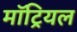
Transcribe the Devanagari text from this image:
मॉट्रियल